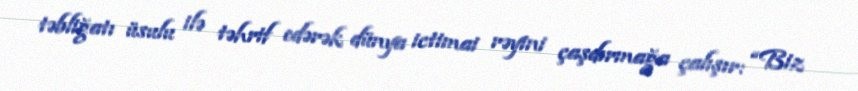
təbliğatı üsulu ilə təhrif edərək dünya ictimai rəyini çaşdırmağa çalışır: “Biz